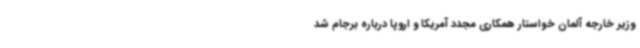
وزیر خارجه آلمان خواستار همکاری مجدد آمریکا و اروپا درباره برجام شد